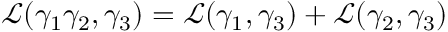
\mathcal { L } ( \gamma _ { 1 } \gamma _ { 2 } , \gamma _ { 3 } ) = \mathcal { L } ( \gamma _ { 1 } , \gamma _ { 3 } ) + \mathcal { L } ( \gamma _ { 2 } , \gamma _ { 3 } )